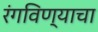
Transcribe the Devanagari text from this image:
रंगविण्याचा